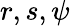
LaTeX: r,s,\psi